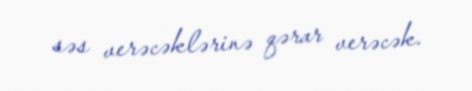
səs verəcəklərinə qərar verəcək.